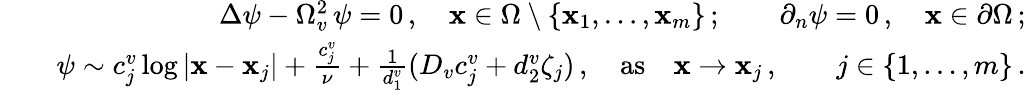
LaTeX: \begin{array}{rlr}&{}&{\Delta\psi-\Omega_{v}^{2}\, \psi=0\, ,\quad{\mathbf x}\in\Omega\setminus\{ {\mathbf x}_{1},\ldots,{\mathbf x}_{m}\} \, ;\qquad\partial_{n}\psi=0\, ,\quad{\mathbf x}\in\partial\Omega\, ;}\\ &{}&{\psi\sim c_{j}^{v}\log|{\mathbf x}-{\mathbf x}_{j}|+\frac{c_{j}^{v}}{\nu}+\frac{1}{d_{1}^{v}}(D_{v}c_{j}^{v}+d_{2}^{v}\zeta_{j})\, ,\quad\mathrm{as}\quad{\mathbf x}\to{\mathbf x}_{j}\, ,\qquad j\in\lbrace{1,\ldots,m\rbrace}\, .}\end{array}